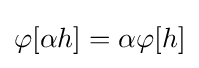
\varphi [\alpha h]=\alpha \varphi [h]